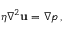
\eta \nabla ^ { 2 } \mathbf { u } = \nabla p \, ,